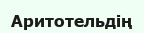
Аритотельдің